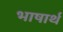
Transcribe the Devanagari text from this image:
भाषार्थ